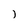
Character: j